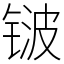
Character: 𬭛